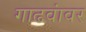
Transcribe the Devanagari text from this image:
गाढवांवर